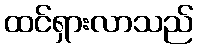
ထင်ရှားလာသည်